Lunatic asylums Central Provinces reports 1874-1885 - 1874-1885
Year: 1874
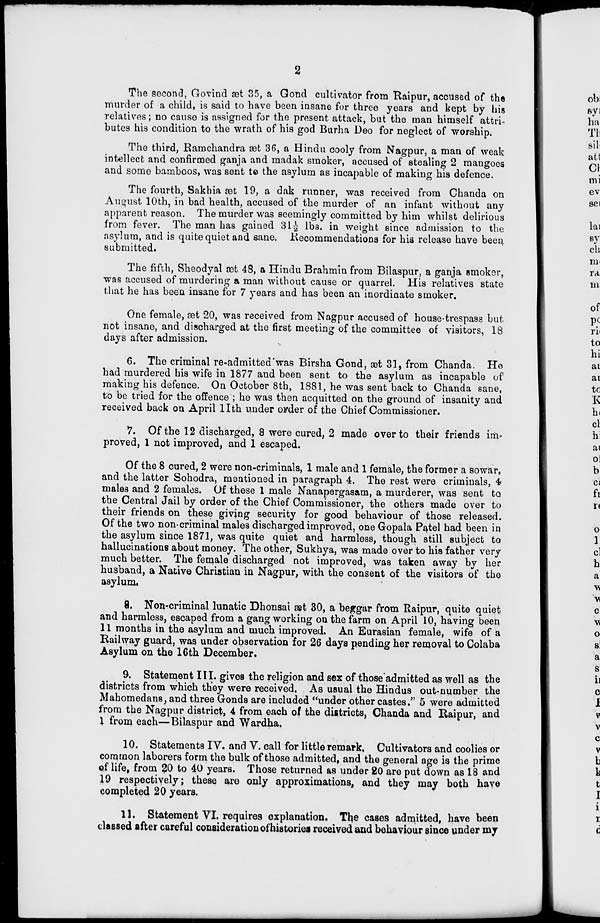
2
The second, Govind æt 35, a Gond cultivator from Raipur, accused of the
murder of a child, is said to have been insane for three years and kept by his
relatives; no cause is assigned for the present attack, but the man himself attri-
butes his condition to the wrath of his god Burha Deo for neglect of worship.
The third, Ramchandra æt 36, a Hindu cooly from Nagpur, a man of weak
intellect and confirmed ganja and madak smoker, accused of stealing 2 mangoes
and some bamboos, was sent to the asylum as incapable of making his defence.
The fourth, Sakhia æt 19, a dak runner, was received from Chanda on
August 10th, in bad health, accused of the murder of an infant without any
apparent reason. The murder was seemingly committed by him whilst delirious
from fever. The man has gained 31½ lbs. in weight since admission to the
asylum, and is quite quiet and sane, Recommendations for his release have been
submitted.
The fifth, Sheodyal æt 48, a Hindu Brahmin from Bilaspur, a ganja smoker,
was accused of murdering a man without cause or quarrel His relatives state
that he has been insane for 7 years and has been an inordinate smoker.
One female, æt 20, was received from Nagpur accused of house-trespass but
not insane, and discharged at the first meeting of the committee of visitors, 18
days after admission,
6. The criminal re-admitted was Birsha Gond, æt 31, from Chanda. He
had murdered his wife in 1877 and been sent to the asylum as incapable of
making his defence. On October 8th, 1881, he was sent back to Chanda sane,
to be tried for the offence ; he was then acquitted on the ground of insanity and
received back on April 1Ith under order of the Chief Commissioner.
7. Of the 12 discharged, 8 were cured, 2 made over to their friends im-
proved, 1 not improved, and 1 escaped.
Of the 8 cured, 2 were non-criminals, 1 male and 1 female, the former a sowar,
and the latter Sohodra, mentioned in paragraph 4. The rest were criminals, 4
males and 2 females. Of these 1 male Nanapergasam, a murderer, was sent to
the Central Jail by order of the Chief Commissioner, the others made over to
their friends on these giving security for good behaviour of those released.
Of the two non-criminal males discharged improved, one Gopala Patel had been in
the asylum since 1871, was quite quiet and harmless, though still subject to
hallucinations about money. The other, Sukhya, was made over to his father very
much better. The female discharged not improved, was taken away by her
husband, a Native Christian in Nagpur, with the consent of the visitors of the
asylum.
8. Non-criminal lunatic Dhonsai æt 30, a beggar from Raipur, quite quiet
and harmless, escaped from a gang working on the farm on April 10, having been
11 months in the asylum and much improved. An Eurasian female, wife of a
Railway guard, was under observation for 26 days pending her removal to Colaba
Asylum on the 16th December.
9. Statement III. gives the religion and sex of those admitted as well as the
districts from which they were received. As usual the Hindus out-number the
Mahomedans, and three Gonds are included "under other castes." 5 were admitted
from the Nagpur district, 4 from each of the districts, Chanda and Raipur, and
1 from each—Bilaspur and Wardha.
10. Statements IV. and V. call for little remark. Cultivators and coolies or
common laborers form the bulk of those admitted, and the general age is the prime
of life, from 20 to 40 years. Those returned as under 20 are put down as 18 and
19 respectively; these are only approximations, and they may both have
completed 20 years.
11. Statement VI. requires explanation. The cases admitted, have been
classed after careful consideration of histories received and behaviour since under my